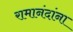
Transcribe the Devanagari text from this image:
रामानंदांना